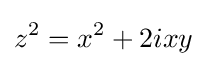
z^{2}=x^{2}+2ixy